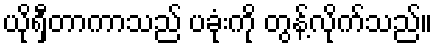
ယိုရှီတာကာသည် ပခုံးကို တွန့်လိုက်သည်။